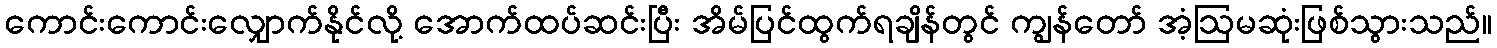
ကောင်းကောင်းလျှောက်နိုင်လို့ အောက်ထပ်ဆင်းပြီး အိမ်ပြင်ထွက်ရချိန်တွင် ကျွန်တော် အံ့ဩမဆုံးဖြစ်သွားသည်။